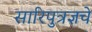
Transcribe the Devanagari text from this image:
सारिपुत्रज्ञचे